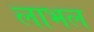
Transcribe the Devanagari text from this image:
लाभल